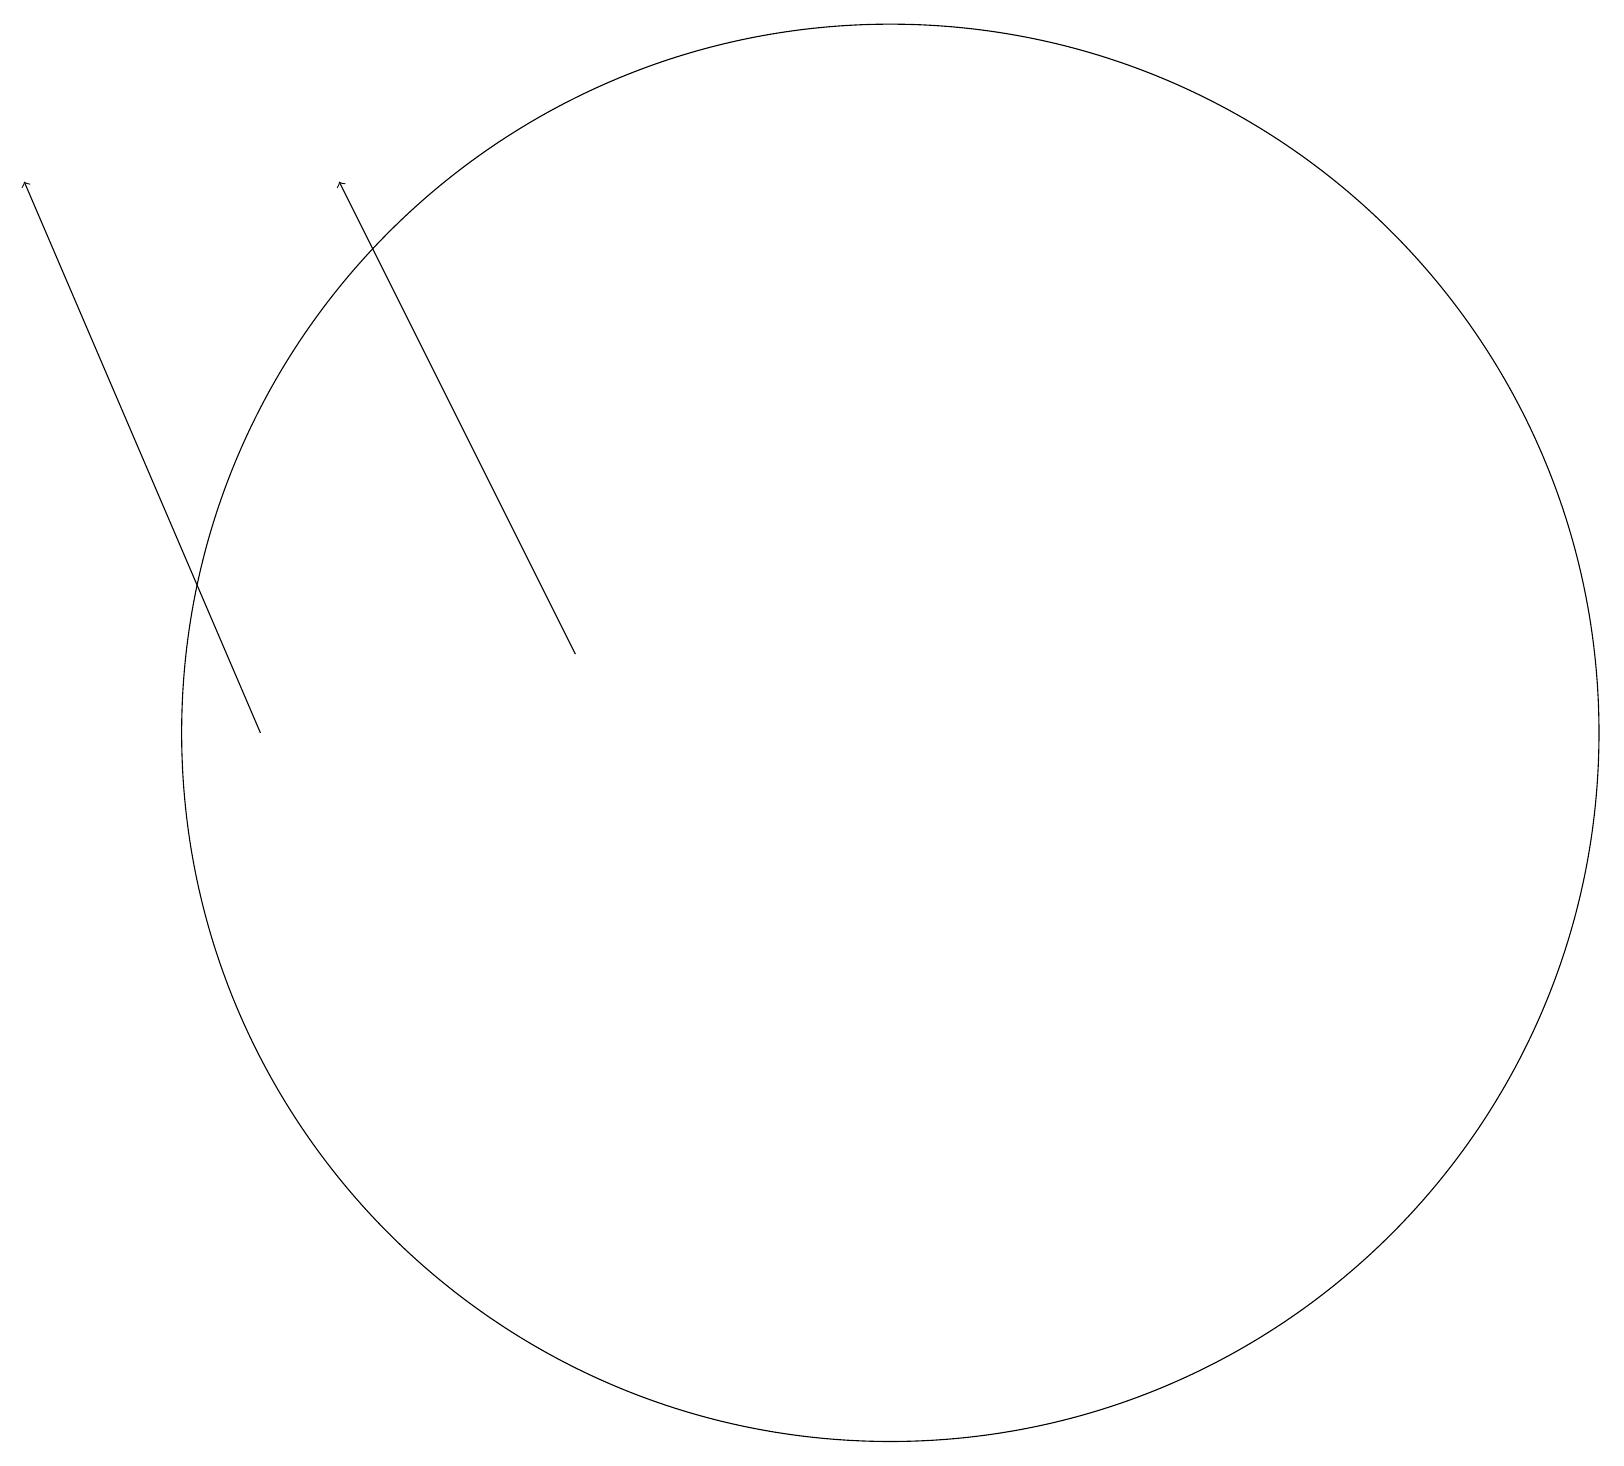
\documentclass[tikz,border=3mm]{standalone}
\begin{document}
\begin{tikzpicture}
\draw[->] (7,11) -- (4,17);
\draw[->] (3,10) -- (0,17);
\draw (11,10) circle (9);
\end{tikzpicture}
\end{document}